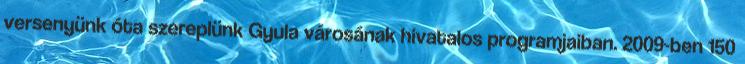
versenyünk óta szereplünk Gyula városának hivatalos programjaiban. 2009-ben 150